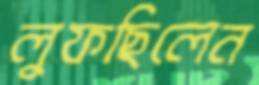
লুফছিলেন